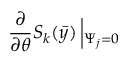
\frac { \partial } { \partial \theta } S _ { k } ( \bar { y } ) \left| _ { \Psi _ { j } = 0 } \right.